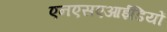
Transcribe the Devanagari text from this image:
एनएसएआईडियों